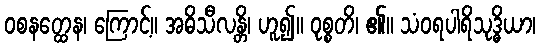
ဝစနတ္ထေန၊ ကြောင့်။ အဓိသီလန္တိ၊ ဟူ၍။ ဝုစ္စတိ၊ ၏။ သံဝရပါရိသုဒ္ဓိယာ၊